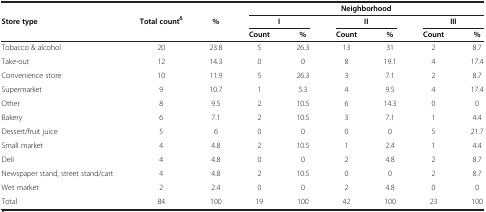
<table><thead><tr><td><b> </b></td><td><b> </b></td><td><b> </b></td><td colspan="6"><b>Neighborhood</b></td></tr><tr><td><b>Store type</b></td><td><b>Total count<sup>δ</sup></b></td><td><b>%</b></td><td colspan="2"><b>I</b></td><td colspan="2"><b>II</b></td><td colspan="2"><b>III</b></td></tr><tr><td><b> </b></td><td><b> </b></td><td><b> </b></td><td><b>Count</b></td><td><b>%</b></td><td><b>Count</b></td><td><b>%</b></td><td><b>Count</b></td><td><b>%</b></td></tr></thead><tbody><tr><td>Tobacco &amp; alcohol</td><td>20</td><td>23.8</td><td>5</td><td>26.3</td><td>13</td><td>31</td><td>2</td><td>8.7</td></tr><tr><td>Take-out</td><td>12</td><td>14.3</td><td>0</td><td>0</td><td>8</td><td>19.1</td><td>4</td><td>17.4</td></tr><tr><td>Convenience store</td><td>10</td><td>11.9</td><td>5</td><td>26.3</td><td>3</td><td>7.1</td><td>2</td><td>8.7</td></tr><tr><td>Supermarket</td><td>9</td><td>10.7</td><td>1</td><td>5.3</td><td>4</td><td>9.5</td><td>4</td><td>17.4</td></tr><tr><td>Other</td><td>8</td><td>9.5</td><td>2</td><td>10.5</td><td>6</td><td>14.3</td><td>0</td><td>0</td></tr><tr><td>Bakery</td><td>6</td><td>7.1</td><td>2</td><td>10.5</td><td>3</td><td>7.1</td><td>1</td><td>4.4</td></tr><tr><td>Dessert/fruit juice</td><td>5</td><td>6</td><td>0</td><td>0</td><td>0</td><td>0</td><td>5</td><td>21.7</td></tr><tr><td>Small market</td><td>4</td><td>4.8</td><td>2</td><td>10.5</td><td>1</td><td>2.4</td><td>1</td><td>4.4</td></tr><tr><td>Deli</td><td>4</td><td>4.8</td><td>0</td><td>0</td><td>2</td><td>4.8</td><td>2</td><td>8.7</td></tr><tr><td>Newspaper stand, street stand/cart</td><td>4</td><td>4.8</td><td>2</td><td>10.5</td><td>0</td><td>0</td><td>2</td><td>8.7</td></tr><tr><td>Wet market</td><td>2</td><td>2.4</td><td>0</td><td>0</td><td>2</td><td>4.8</td><td>0</td><td>0</td></tr><tr><td>Total</td><td>84</td><td>100</td><td>19</td><td>100</td><td>42</td><td>100</td><td>23</td><td>100</td></tr></tbody></table>